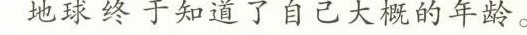
地球一直不知道自己的年龄。